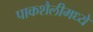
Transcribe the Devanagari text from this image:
पाकशैलीमध्ये